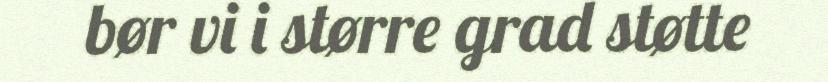
bør vi i større grad støtte